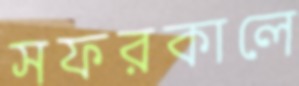
সফরকালে